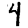
Digit: 4